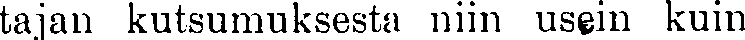
tajan kutsumuksesta niin usein kuin